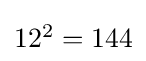
{\textstyle 12^{2}=144}